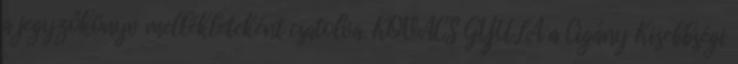
a jegyzőkönyv mellékleteként csatolva. KOVÁCS GYULA a Cigány Kisebbségi